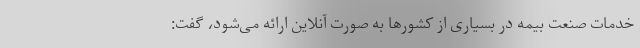
خدمات صنعت بیمه در بسیاری از کشورها به صورت آنلاین ارائه می‌شود، گفت: